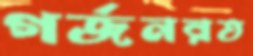
গর্জনরত